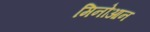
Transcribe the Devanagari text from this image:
मिनोआन